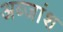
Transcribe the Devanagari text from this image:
अब्जांश